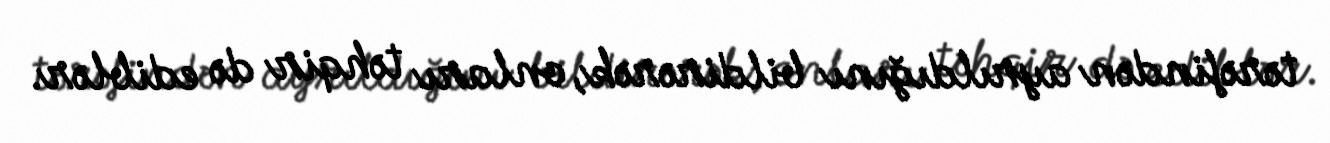
tərəfindən ayrıldığını bildirərək, onları təhqir də ediblər.